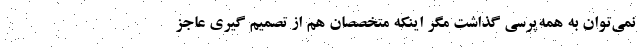
نمی‌توان به همه‌پرسی گذاشت مگر اینکه متخصصان هم از تصمیم گیری عاجز